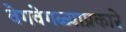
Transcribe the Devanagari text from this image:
वेगवेगळ्याप्रकारे